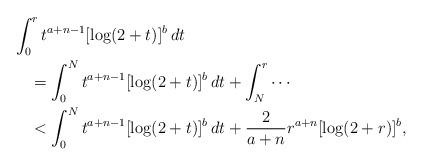
LaTeX: \begin{align*}&\int_0^rt^{a+n-1}[\log(2+t)]^b\,dt\\&\quad=\int_0^Nt^{a+n-1}[\log(2+t)]^b\,dt+\int_N^r\cdots\\&\quad<\int_0^Nt^{a+n-1}[\log(2+t)]^b\,dt+\frac{2}{a+n}r^{a+n}[\log(2+r)]^b,\end{align*}